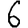
Digit: 6